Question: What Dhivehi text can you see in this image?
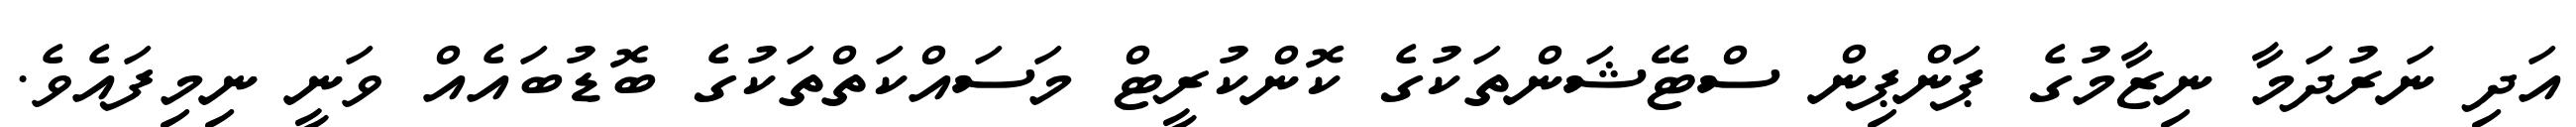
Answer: އަދި ނަރުދަމާ ނިޒާމުގެ ޕަންޕިން ސްޓޭޝަންތަކުގެ ކޮންކުރީޓް މަސައްކަތްތަކުގެ ބޮޑުބައެއް ވަނީ ނިމިފައެވެ.